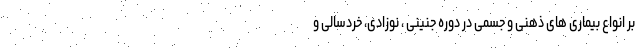
بر انواع بیماری های ذهنی و جسمی در دوره جنینی ، نوزادی، خردسالی و